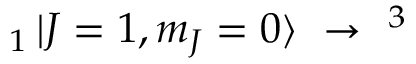
_ { 1 } \mathinner { | { J = 1 , m _ { J } = 0 } \rangle } ~ \rightarrow ~ ^ { 3 }